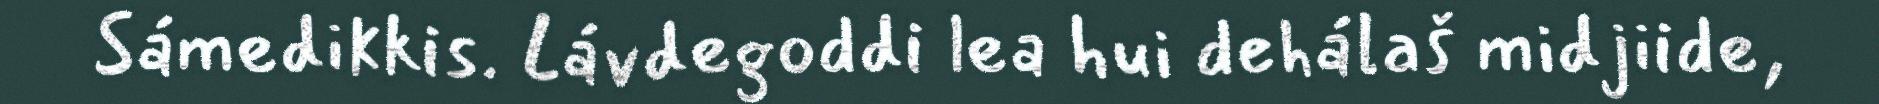
Sámedikkis. Lávdegoddi lea hui dehálaš midjiide,